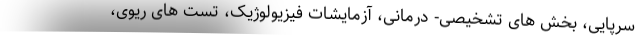
سرپایی، بخش های تشخیصی- درمانی، آزمایشات فیزیولوژیک، تست های ریوی،